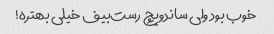
خوب بود ولی ساندویچ رست‌بیف خیلی بهتره!